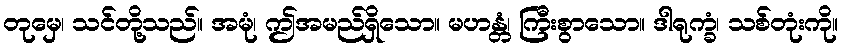
တုမှေ၊ သင်တို့သည်။ အမုံ၊ ဤအမည်ရှိသော။ မဟန္တံ၊ ကြီးစွာသော။ ဒါရုက္ခံ၊ သစ်တုံးကို။